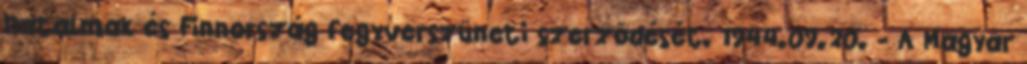
hatalmak és Finnország fegyverszüneti szerzõdését. 1944.09.20. - A Magyar